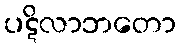
ပဋိလာဘတော